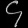
Digit: ၄